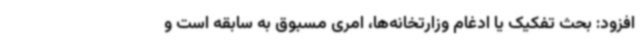
افزود: بحث تفکیک یا ادغام وزارتخانه‌ها، امری مسبوق به سابقه است و